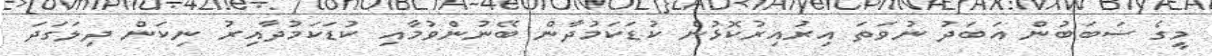
މީގެ ސަބަބުން އަބަދު ނުވަތަ އިރުއިރުކޮޅުން ކުޑަކަމުދާން ބޭނުންވުމާއި ކުޑަކަމުދާއިރު ނިކަން ދިލަގަދަ